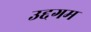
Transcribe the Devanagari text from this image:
उद्दगम